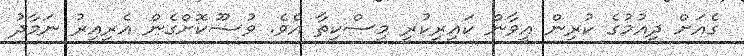
ގެއަށް ދިއުމުގެ ކުރިން އީވާން ކައިރިކުރީ މިސްކިތާ އެވެ. ވުޟޫކޮށްގެން އެރިއިރު ނަމާދު